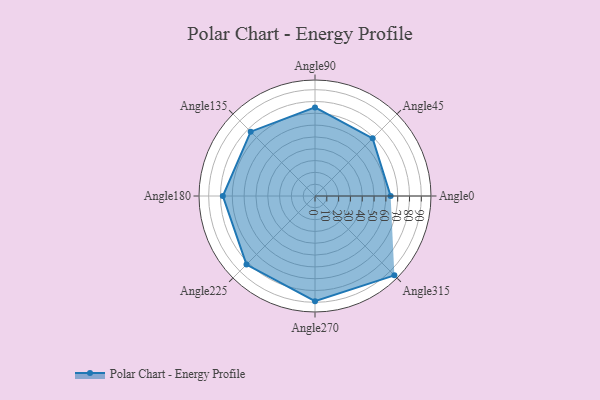
{"axis": {"x": "Angle", "y": "Radius"}, "legend": [""], "data": [{"x": "Angle0", "y": 64.0, "type": ""}, {"x": "Angle45", "y": 69.0, "type": ""}, {"x": "Angle90", "y": 75.0, "type": ""}, {"x": "Angle135", "y": 77.0, "type": ""}, {"x": "Angle180", "y": 78.0, "type": ""}, {"x": "Angle225", "y": 82.0, "type": ""}, {"x": "Angle270", "y": 89.0, "type": ""}, {"x": "Angle315", "y": 95.0, "type": ""}]}